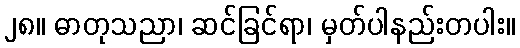
၂၈။ ဓာတုသညာ၊ ဆင်ခြင်ရာ၊ မှတ်ပါနည်းတပါး။